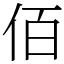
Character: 佰